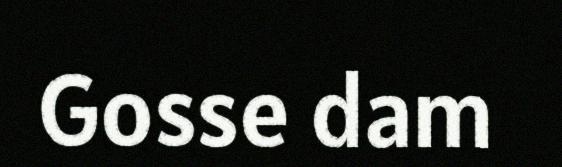
Gosse dam